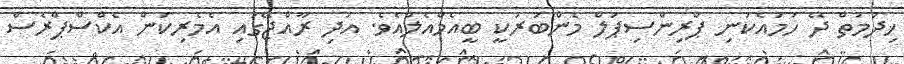
ޚިދުމަތް ދޭ ހަމައެކަނި ޕްރިންސިޕަލް މެންބަރަކީ ބީއެމްއެލްއެވެ. އަދި ރާއްޖޭގައި އެމެރިކަން އެކްސްޕްރެސް